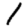
Digit: 1